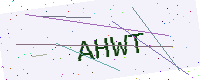
Text: AHWT